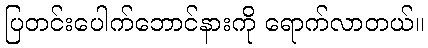
ပြတင်းပေါက်ဘောင်နားကို ရောက်လာတယ်။